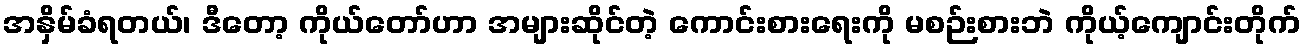
အနှိမ်ခံရတယ်၊ ဒီတော့ ကိုယ်တော်ဟာ အများဆိုင်တဲ့ ကောင်းစားရေးကို မစဉ်းစားဘဲ ကိုယ့်ကျောင်းတိုက်